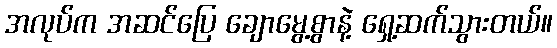
အလုပ်က အဆင်ပြေ ချောမွေ့စွာနဲ့ ရှေ့ဆက်သွားတယ်။